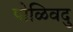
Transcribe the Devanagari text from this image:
पोळिवदु